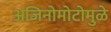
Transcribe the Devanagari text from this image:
अजिनोमोटोमुळे